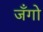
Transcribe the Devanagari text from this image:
जँगो